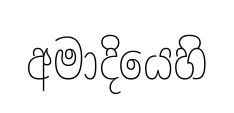
අමාදියෙහි